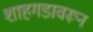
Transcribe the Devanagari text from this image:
शाहगडावरून